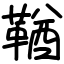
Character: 鞧